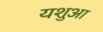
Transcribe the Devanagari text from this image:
यशुआ